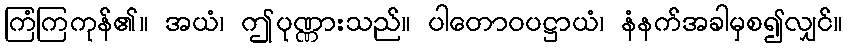
ကြံကြကုန်၏။ အယံ၊ ဤပုဏ္ဏားသည်။ ပါတောဝပဋ္ဌာယံ၊ နံနက်အခါမှစ၍လျှင်။